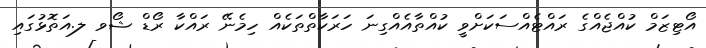
އޯޓިޒަމް ކުއްޖެއްގެ ރައްޓެއްސަކަށްވީ ކުއްތާއެއްގިނަ ހަރަކާތްތަކެއް ހިމެނޭ ރައްކާ ރޯޑް ޝޯވ ލ.އަތޮޅުގައި